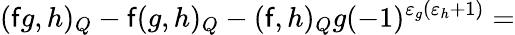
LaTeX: (\mathsf{f}g,h)_{Q}-\mathsf{f}(g,h)_{Q}-(\mathsf{f},h)_{Q}g(-1)^{\varepsilon_{g}(\varepsilon_{h}+1)}=